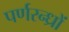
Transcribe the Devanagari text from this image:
पर्णरन्ध्रों